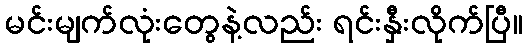
မင်းမျက်လုံးတွေနဲ့လည်း ရင်းနှီးလိုက်ပြီ။